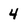
Character: 4